Civil Veterinary Dept. Bombay admin report 1900-1906 - 1900-1906
Year: 1900
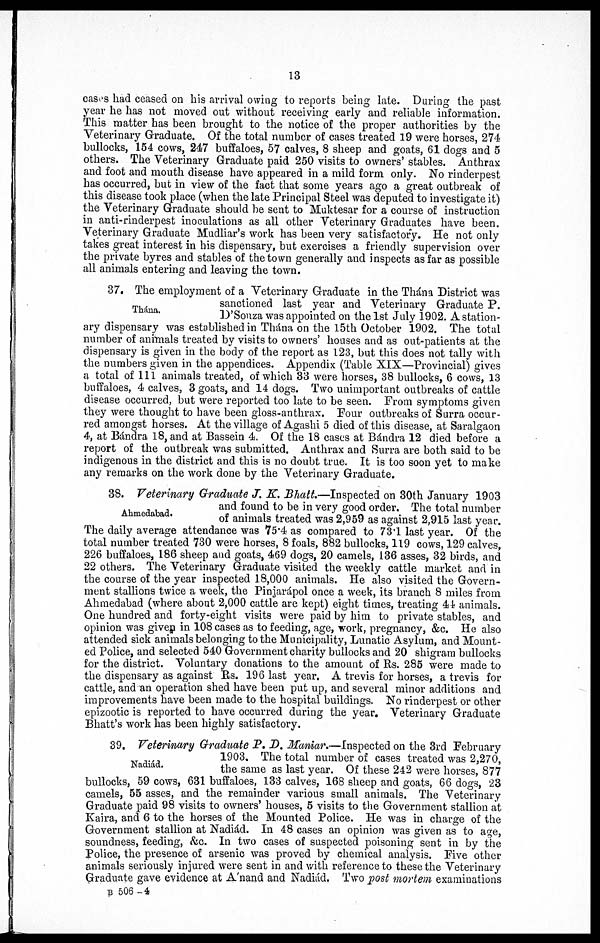
13
cases had ceased on his arrival owing to reports being late. During the past
year he has not moved out without receiving early and reliable information.
This matter has been brought to the notice of the proper authorities by the
Veterinary Graduate. Of the total number of cases treated 19 were horses, 274
bullocks, 154 cows, 247 buffaloes, 57 calves, 8 sheep and goats, 61 dogs and 5
others. The Veterinary Graduate paid 250 visits to owners' stables. Anthrax
and foot and mouth disease have appeared in a mild form only. No rinderpest
has occurred, but in view of the fact that some years ago a great outbreak of
this disease took place (when the late Principal Steel was deputed to investigate it)
the Veterinary Graduate should be sent to Muktesar for a course of instruction
in anti-rinderpest inoculations as all other Veterinary Graduates have been.
Veterinary Graduate Mudliar's work has been very satisfactory. He not only
takes great interest in his dispensary, but exercises a friendly supervision over
the private byres and stables of the town generally and inspects as far as possible
all animals entering and leaving the town.
Thána.
37. The employment of a Veterinary Graduate in the Thána District was
sanctioned last year and Veterinary Graduate P.
D'Souza was appointed on the 1st July 1902. A station-
ary dispensary was established in Thána on the 15th October 1902. The total
number of animals treated by visits to owners' houses and as out-patients at the
dispensary is given in the body of the report as 123, but this does not tally with
the numbers given in the appendices. Appendix (Table XIX—Provincial) gives
a total of 111 animals treated, of which 33 were horses, 38 bullocks, 6 cows, 13
buffaloes, 4 calves, 3 goats, and 14 dogs. Two unimportant outbreaks of cattle
disease occurred, but were reported too late to be seen. From symptoms given
they were thought to have been gloss-anthrax. Pour outbreaks of Surra occur-
red amongst horses. At the village of Agashi 5 died of this disease, at Saralgaon
4, at Bándra 18, and at Bassein 4. Of the 18 cases at Bándra 12 died before a
report of the outbreak was submitted. Anthrax and Surra are both said to be
indigenous in the district and this is no doubt true. It is too soon yet to make
any remarks on the work done by the Veterinary Graduate.
Ahmedabad.
38. Veterinary Graduate J. K. Bhatt.—Inspected on 30th January 1903
and found to be in very good order. The total number
of animals treated was 2,959 as against 2,915 last year.
The daily average attendance was 75.4 as compared to 73.1 last year. Of the
total number treated 730 were horses, 8 foals, 882 bullocks, 119 cows, 129 calves,
226 buffaloes, 186 sheep and goats, 469 dogs, 20 camels, 136 asses, 32 birds, and
22 others. The Veterinary Graduate visited the weekly cattle market and in
the course of the year inspected 18,000 animals. He also visited the Govern-
ment stallions twice a week, the Pinjarápol once a week, its branch 8 miles from
Ahmedabad (where about 2,000 cattle are kept) eight times, treating 44 animals.
One hundred and forty-eight visits were paid by him to private stables, and
opinion was given in 108 cases as to feeding, age, work, pregnancy, &c. He also
attended sick animals belonging to the Municipality, Lunatic Asylum, and Mount-
ed Police, and selected 540 Government charity bullocks and 20 shigram bullocks
for the district. Voluntary donations to the amount of Rs. 285 were made to
the dispensary as against Rs. 196 last year. A trevis for horses, a trevis for
cattle, and an operation shed have been put up, and several minor additions and
improvements have been made to the hospital buildings. No rinderpest or other
epizootic is reported to have occurred during the year. Veterinary Graduate
Bhatt's work has been highly satisfactory.
Nadiád.
39. Veterinary Graduate P. D. Maniar.—Inspected on the 3rd February
1903. The total number of cases treated was 2,270,
the same as last year. Of these 242 were horses, 877
bullocks, 59 cows, 631 buffaloes, 133 calves, 168 sheep and goats, 66 dogs, 23
camels, 55 asses, and the remainder various small animals. The Veterinary
Graduate paid 98 visits to owners' houses, 5 visits to the Government stallion at
Kaira, and 6 to the horses of the Mounted Police. He was in charge of the
Government stallion at Nadiád. In 48 cases an opinion was given as to age,
soundness, feeding, &c. In two cases of suspected poisoning sent in by the
Police, the presence of arsenic was proved by chemical analysis. Five other
animals seriously injured were sent in and with reference to these the Veterinary
Graduate gave evidence at A'nand and Nadiád. Two post mortem examinations
B 506-4